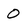
Character: 0